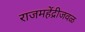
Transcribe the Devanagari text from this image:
राजमहेंद्रीजवळ